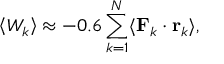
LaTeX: \left\langle W _ { k } \right\rangle \approx - 0 . 6 \sum _ { k = 1 } ^ { N } \langle \mathbf { F } _ { k } \cdot \mathbf { r } _ { k } \rangle ,